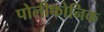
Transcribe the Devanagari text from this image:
पोलीफोनिक